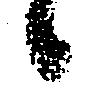
候